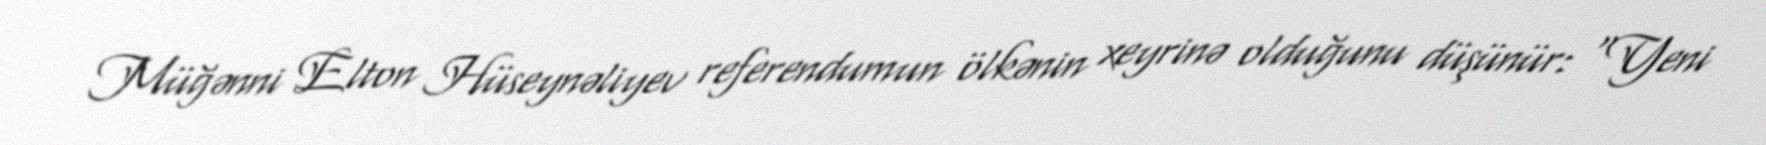
Müğənni Elton Hüseynəliyev referendumun ölkənin xeyrinə olduğunu düşünür: "Yeni